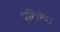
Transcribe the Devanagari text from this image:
एगिलेरा